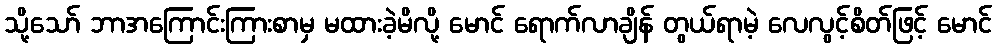
သို့သော် ဘာအကြောင်းကြားစာမှ မထားခဲ့မိလို့ မောင် ရောက်လာချိန် တွယ်ရာမဲ့ လေလွင့်စိတ်ဖြင့် မောင်